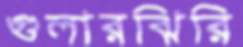
গুলারঝিরি